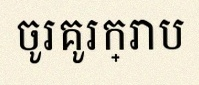
ចូរគូរក្រាប